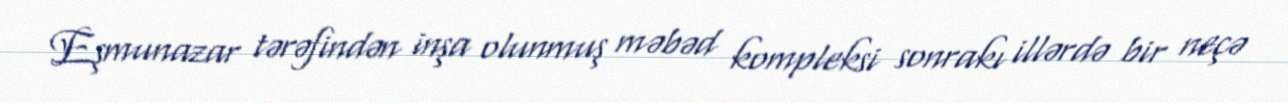
Eşmunazar tərəfindən inşa olunmuş məbəd kompleksi sonrakı illərdə bir neçə